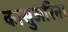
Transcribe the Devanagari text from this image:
कासुअरिना